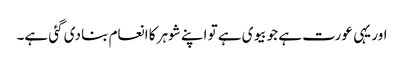
اور یہی عورت ہے جو بیوی ہے تو اپنے شوہر کا انعام بنا دی گئی ہے۔